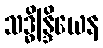
သဒ္ဓိန္ဒြိယေန